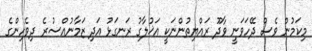
މިކަމުން ވެސް ދޭހަވަނީ ވާދޫ ރައްޔިތުންނަކީ އަޚުލާގު ރަނގަޅު އަދި ޒަމާނުއްސުރެ ދިވެހިންގެ